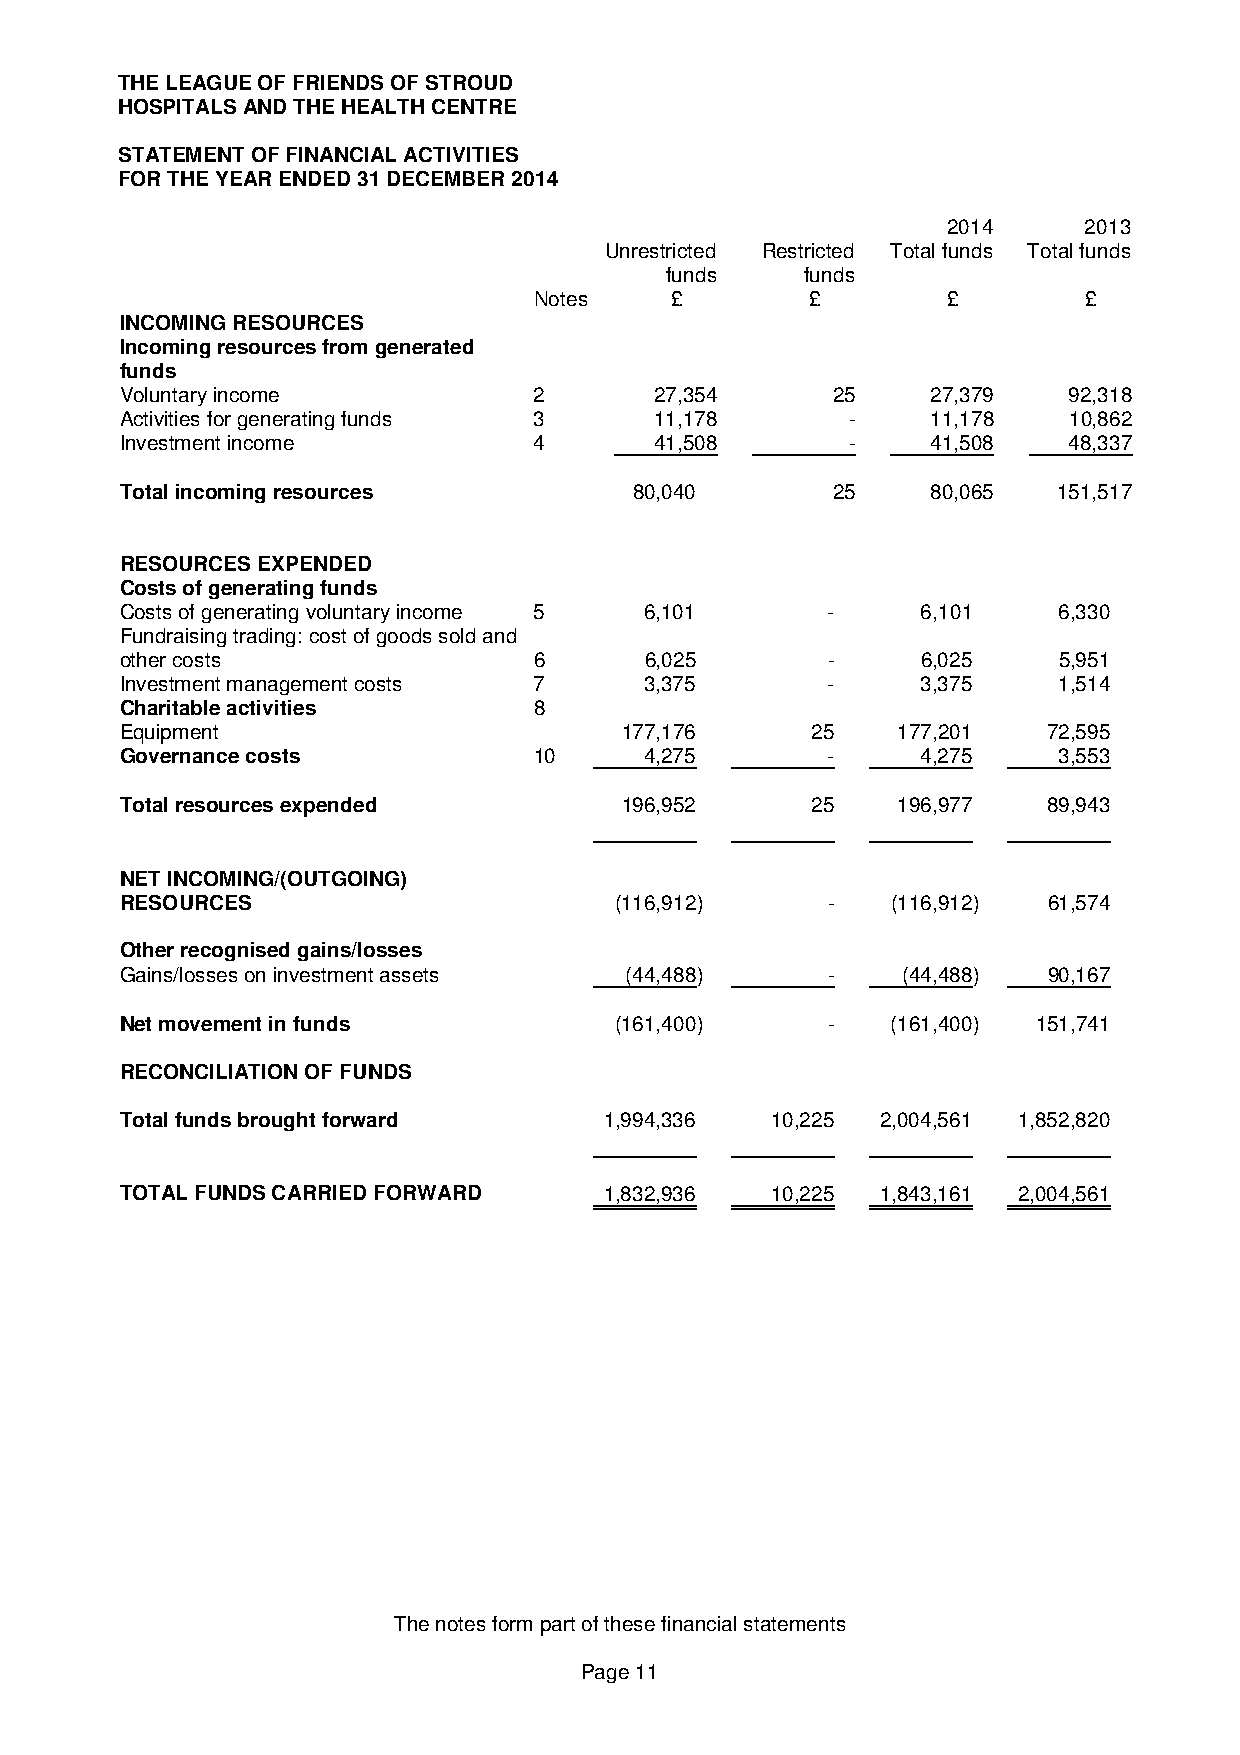
THE LEAGUE OF FRIENDS OF STROUD
 HOSPITALS AND THE HEALTH CENTRE
 STATEMENT OF FINANCIAL ACTIVITIES
 FOR THE YEAR ENDED 31 DECEMBER 2014
 2014     2013
 Unrestricted Restricted Total funds Total funds
 funds    funds
 Notes    £         £        £        £
 INCOMING RESOURCES
 Incoming resources from generated
 funds
 Voluntary income           2       27,354      25     27,379   92,318
 Activities for generating funds 3  11,178       -     11,178   10,862
 Investment income          4       41,508       -     41,508   48,337
 Total incoming resources          80,040       25     80,065  151,517
 RESOURCES EXPENDED
 Costs of generating funds
 Costs of generating voluntary income 5 6,101   -     6,101    6,330
 Fundraising trading: cost of goods sold and
 other costs                6       6,025       -     6,025    5,951
 Investment management costs 7      3,375       -     3,375    1,514
 Charitable activities      8
 Equipment                        177,176      25   177,201   72,595
 Governance costs           10      4,275       -     4,275    3,553
 Total resources expended         196,952      25   196,977   89,943
 NET INCOMING/(OUTGOING)
 RESOURCES                        (116,912)     -   (116,912) 61,574
 Other recognised gains/losses
 Gains/losses on investment assets (44,488)     -    (44,488) 90,167
 Net movement in funds            (161,400)     -   (161,400) 151,741
 RECONCILIATION OF FUNDS
 Total funds brought forward     1,994,336  10,225 2,004,561 1,852,820
 TOTAL FUNDS CARRIED FORWARD     1,832,936  10,225 1,843,161 2,004,561
 The notes form part of these financial statements
 Page 11